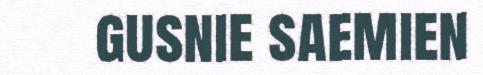
gusnie saemien